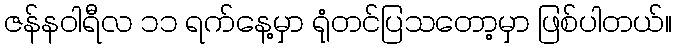
ဇန်နဝါရီလ ၁၁ ရက်နေ့မှာ ရုံတင်ပြသတော့မှာ ဖြစ်ပါတယ်။